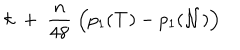
k \; + \; { \frac { n } { 4 8 } } \; \Bigl ( p _ { 1 } ( { \cal T } ) - p _ { 1 } ( { \cal N } ) \Bigr )